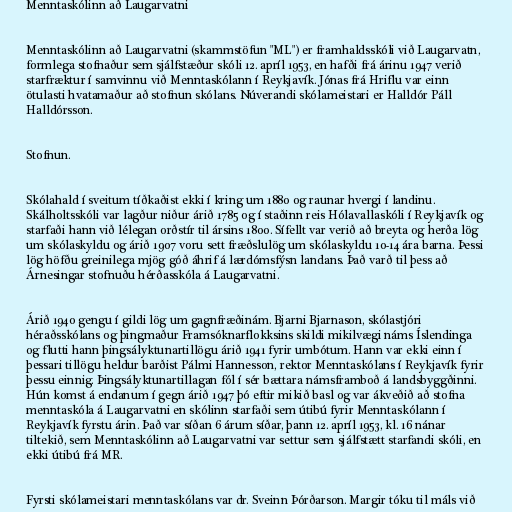
Menntaskólinn að Laugarvatni

Menntaskólinn að Laugarvatni (skammstöfun "ML") er framhaldsskóli við Laugarvatn,
formlega stofnaður sem sjálfstæður skóli 12. apríl 1953, en hafði frá árinu 1947 verið
starfræktur í samvinnu við Menntaskólann í Reykjavík. Jónas frá Hriflu var einn
ötulasti hvatamaður að stofnun skólans. Núverandi skólameistari er Halldór Páll
Halldórsson.

Stofnun.

Skólahald í sveitum tíðkaðist ekki í kring um 1880 og raunar hvergi í landinu.
Skálholtsskóli var lagður niður árið 1785 og í staðinn reis Hólavallaskóli í Reykjavík og
starfaði hann við lélegan orðstír til ársins 1800. Sífellt var verið að breyta og herða lög
um skólaskyldu og árið 1907 voru sett fræðslulög um skólaskyldu 10-14 ára barna. Þessi
lög höfðu greinilega mjög góð áhrif á lærdómsfýsn landans. Það varð til þess að
Árnesingar stofnuðu hérðasskóla á Laugarvatni.

Árið 1940 gengu í gildi lög um gagnfræðinám. Bjarni Bjarnason, skólastjóri
héraðsskólans og þingmaður Framsóknarflokksins skildi mikilvægi náms Íslendinga
og flutti hann þingsályktunartillögu árið 1941 fyrir umbótum. Hann var ekki einn í
þessari tillögu heldur barðist Pálmi Hannesson, rektor Menntaskólans í Reykjavík fyrir
þessu einnig. Þingsályktunartillagan fól í sér bættara námsframboð á landsbyggðinni.
Hún komst á endanum í gegn árið 1947 þó eftir mikið basl og var ákveðið að stofna
menntaskóla á Laugarvatni en skólinn starfaði sem útibú fyrir Menntaskólann í
Reykjavík fyrstu árin. Það var síðan 6 árum síðar, þann 12. apríl 1953, kl. 16 nánar
tiltekið, sem Menntaskólinn að Laugarvatni var settur sem sjálfstætt starfandi skóli, en
ekki útibú frá MR.

Fyrsti skólameistari menntaskólans var dr. Sveinn Þórðarson. Margir tóku til máls við